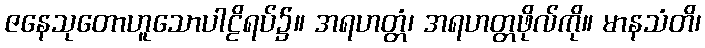
ဇနေသုတောဟူသောပါဠိရပ်၌။ အရဟတ္တံ၊ အရဟတ္တဖိုလ်ကို။ မာနသံတိ၊